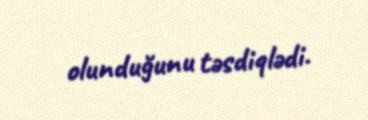
olunduğunu təsdiqlədi.